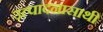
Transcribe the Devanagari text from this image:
उत्पादनासाथी